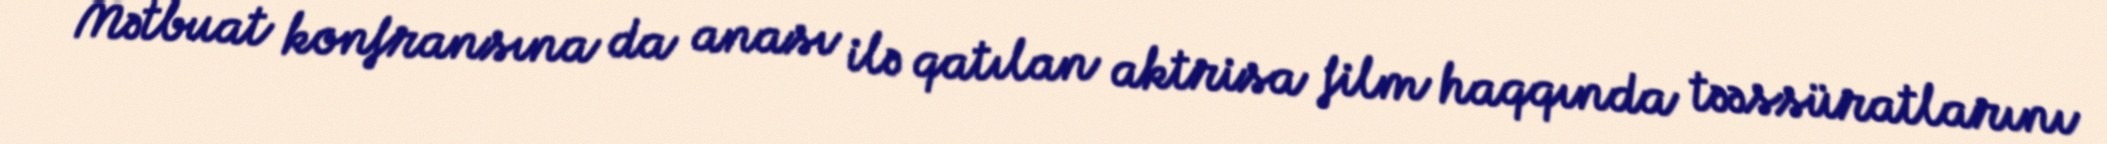
Mətbuat konfransına da anası ilə qatılan aktrisa film haqqında təəssüratlarını